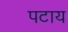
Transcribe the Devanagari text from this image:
पटाय